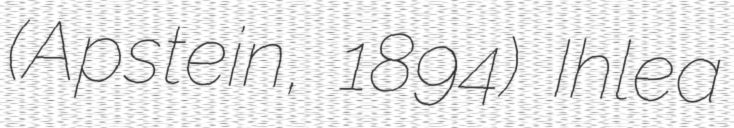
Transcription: (Apstein, 1894) Ihlea